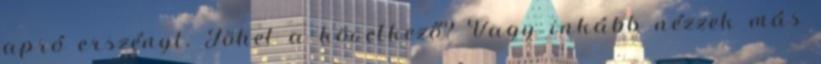
apró erszényt. Jöhet a következő? Vagy inkább nézzek más